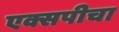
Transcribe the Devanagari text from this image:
एक्सपीचा